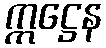
ဣဋ္ဌေန